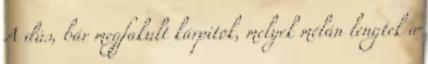
A dús, bár megfakult kárpitok, melyek mélán lengtek a